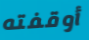
أوقفته